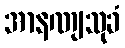
အာနဏျသုခံ